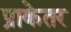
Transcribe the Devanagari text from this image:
प्राकेतर